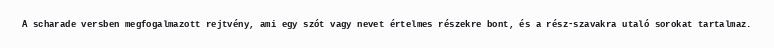
A scharade versben megfogalmazott rejtvény, ami egy szót vagy nevet értelmes részekre bont, és a rész-szavakra utaló sorokat tartalmaz.